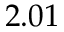
2 . 0 1